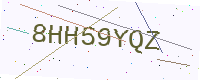
Text: 8HH59YQZ